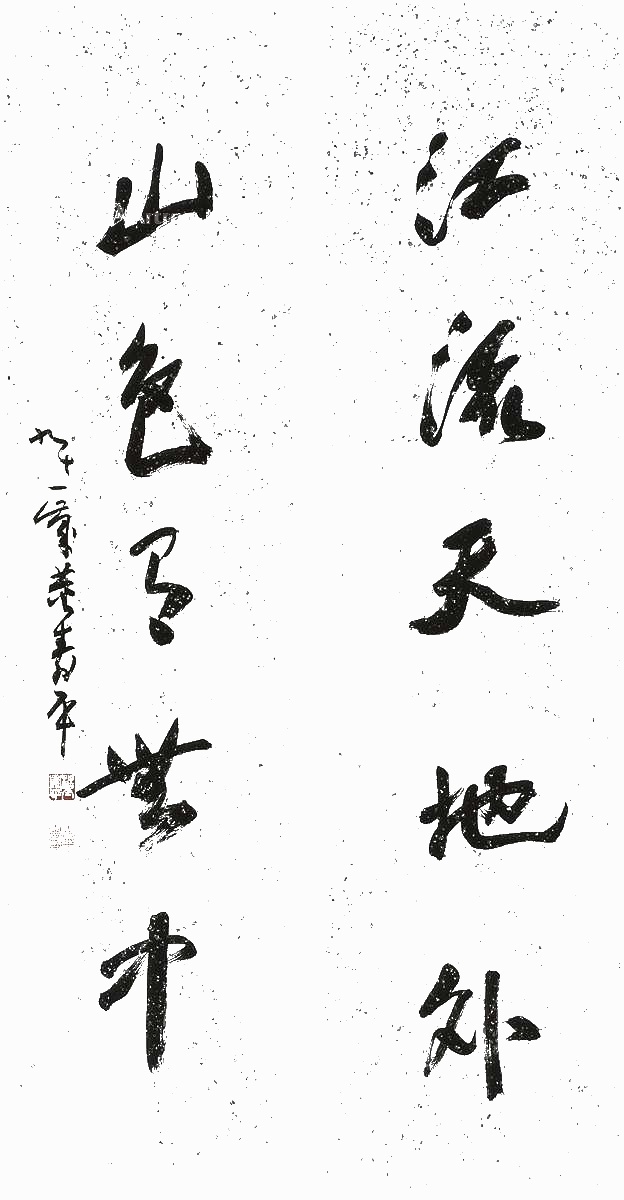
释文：江流天地外，山色有无中。九十一岁，董寿平。